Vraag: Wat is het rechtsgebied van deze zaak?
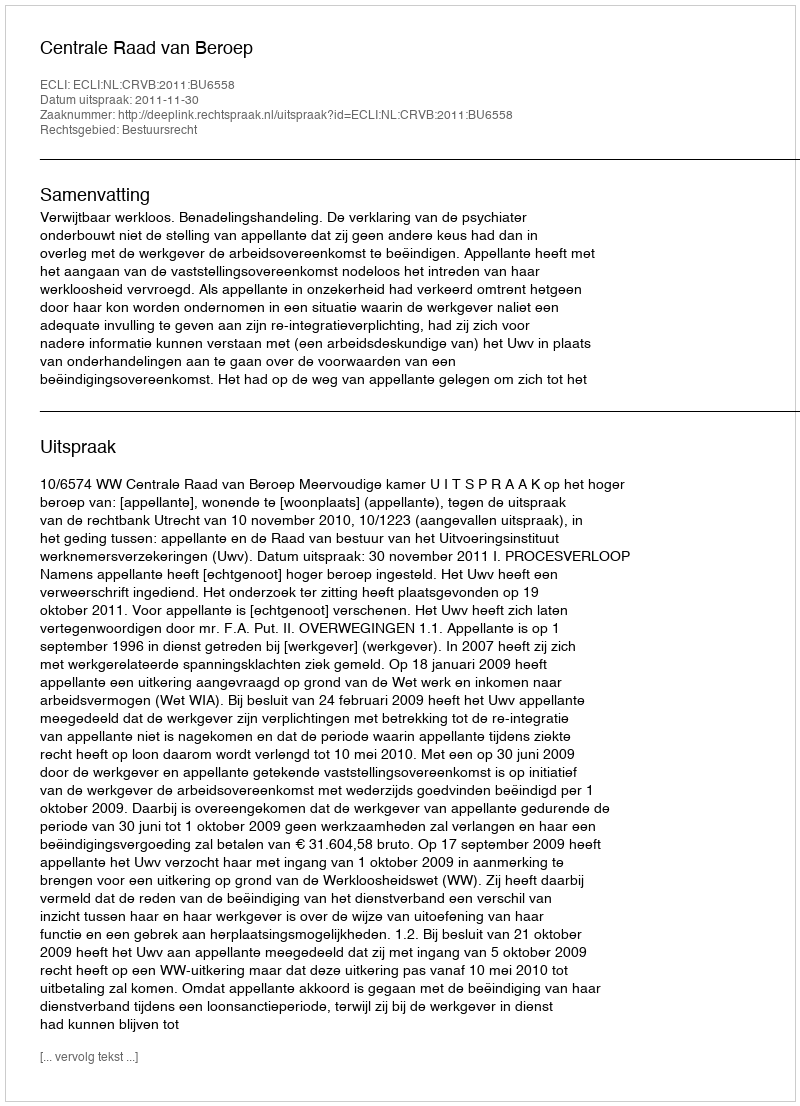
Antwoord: Bestuursrecht